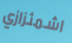
اشمئزازي